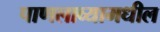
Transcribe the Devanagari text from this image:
पाणलाव्यामधील